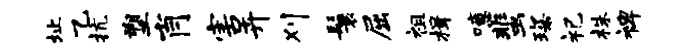
址乙抗塑肖害卉刈鬟屈祖楫噫蜚琛祀株裨